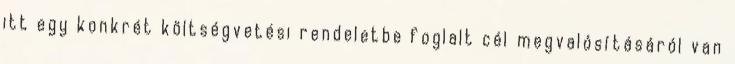
itt egy konkrét költségvetési rendeletbe foglalt cél megvalósításáról van